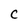
Character: c